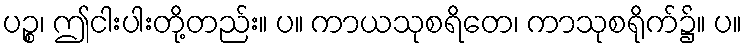
ပဉ္စ၊ ဤငါးပါးတို့တည်း။ ပ။ ကာယသုစရိတေ၊ ကာသုစရိုက်၌။ ပ။